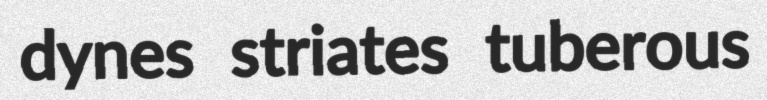
dynes striates tuberous